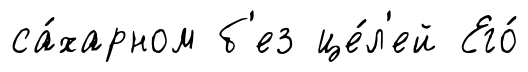
са́харном б'ез це́л'ей Его́